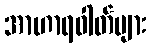
အာဟာရဓါတ်များ